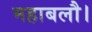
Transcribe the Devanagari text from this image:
महाबलौ।